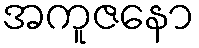
အကူဇနော